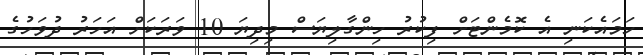
ހަމައެކަނި އެ ކޮމެންޓަށް ފިކުރު ހިންގާލިޔަސް މިދިޔަ 10 ވަރަކަށް އަހަރު ދުވަހުގެ